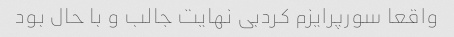
واقعا سورپرایزم کردبی نهایت جالب و با حال بود